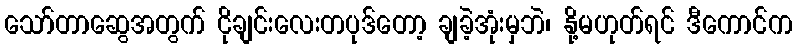
သော်တာဆွေအတွက် ငိုချင်းလေးတပုဒ်တော့ ချခဲ့အုံးမှဘဲ၊ နို့မဟုတ်ရင် ဒီကောင်က